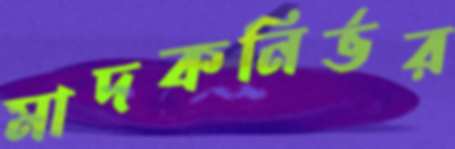
মাদকনির্ভর